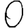
Digit: 0